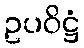
ဥပဝိဋ္ဌံ